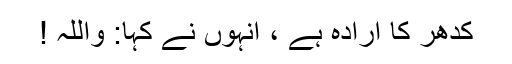
کدھر کا ارادہ ہے ، اُنہوں نے کہا: واللہ !